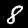
Digit: 8